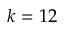
k = 1 2